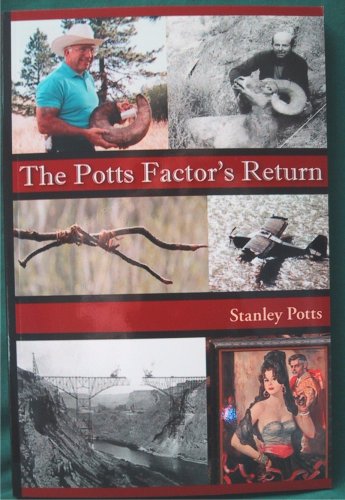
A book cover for The Potts Factor's Return (The Potts' Factor Versus Murphy's Law, Volume 3); Stanley. Potts; Humor & Entertainment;